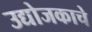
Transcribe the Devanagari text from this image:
उद्योजकाचे